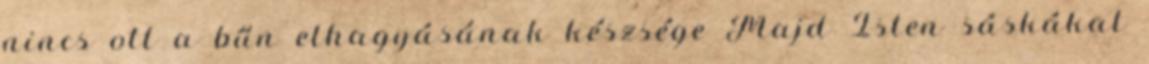
nincs ott a bűn elhagyásának készsége Majd Isten sáskákat